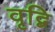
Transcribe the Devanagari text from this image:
वृद्बि